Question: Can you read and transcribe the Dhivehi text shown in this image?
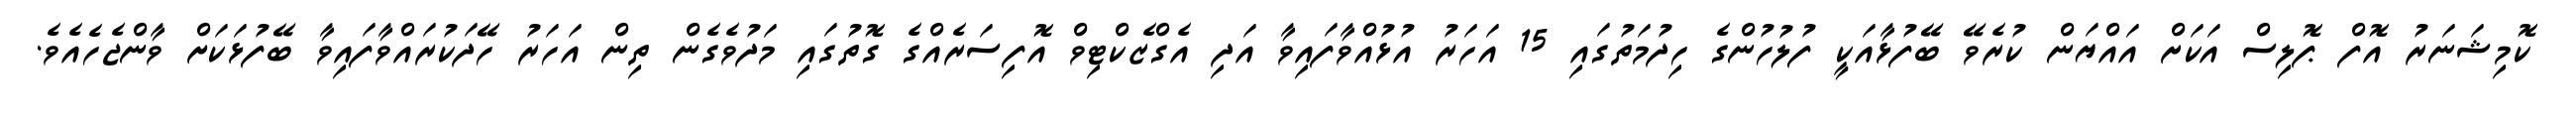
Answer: ކޮމިޝަނަރު އޮފް ޕޮލިސް އަކަށް އައްޔަން ކުރެވޭ ބޭފުޅާއަކީ ފުލުހުންގެ ހިދުމަތުގައި 15 އަހަރު އުޅުއްވާފައިވާ އަދި އެގްޒެކްޓިވް އޮފިސަރެއްގެ ގޮތުގައި މަދުވެގެން ތިން އަހަރު ހޭދަކުރައްވާފައިވާ ބޭފުޅަކަށް ވާންޖެހެއެވެ.